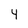
Character: 4